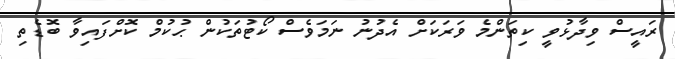
ރައީސް ވިދާޅުވީ ކިތަންމެ ވަރަކަށް އެދުނު ނަމަވެސް ކޯޓުތަކުން ޙުކުމް ކޮށްފައިވާ ބޮޑެތި